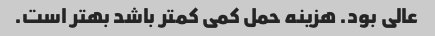
عالی بود. هزینه حمل کمی کمتر باشد بهتر است.